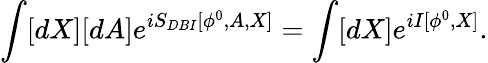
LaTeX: \int[dX][dA]e^{iS_{DBI}[\phi^{0},A,X]}=\int[dX]e^{iI[\phi^{0},X]}.